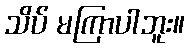
သိပ် မကြာပါဘူး။